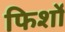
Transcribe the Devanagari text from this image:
फिर्शो